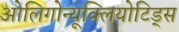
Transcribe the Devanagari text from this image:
ओलिगोन्यूक्लियोटिड्स